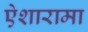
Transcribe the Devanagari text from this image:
ऐशारामा